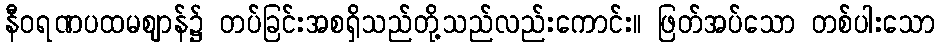
နီဝရဏပထမဈာန်၌ တပ်ခြင်းအစရှိသည်တို့သည်လည်းကောင်း။ ဖြတ်အပ်သော တစ်ပါးသော